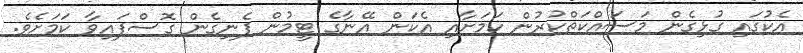
އެކުގައި ގުޅިގެން މަސައްކަތްކުރުން ކަމަށާއި އެކަން އޭނާގެ ޓީމުން ފެނިގެން ގޮސްފައިވާ ކަމަށެވެ.